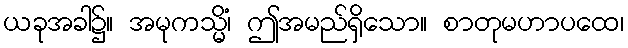
ယခုအခါ၌။ အမုကသ္မိံ၊ ဤအမည်ရှိသော။ စာတုမဟာပထေ၊